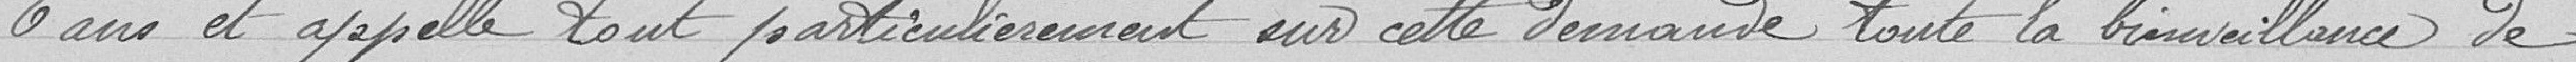
6 ans et appelle tout particulièrement sur cette demande toute la bienveillance de